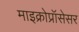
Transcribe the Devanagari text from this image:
माइक्रोप्रॉसेसर